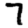
Digit: 7